画像に写った文字を読んでください
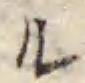
「ル」と書いてあります